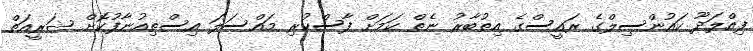
ފިއްލަދޫ ކައުންސިލްގެ ރައީސްގެ އިތުބާރު ނެތް ކަމަށް ފާސްކުރި މައްސަލަ އިސްތިއުނާފުކޮށް ޝަރީއަތް